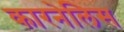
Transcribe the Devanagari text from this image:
कारनेलिस